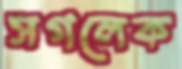
সগলেক